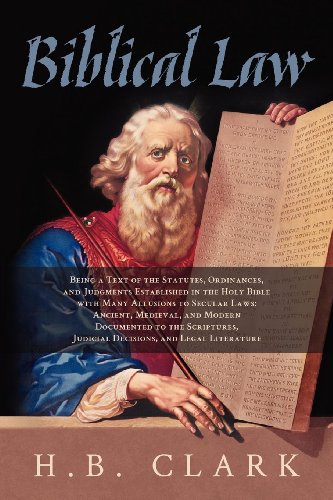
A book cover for Biblical Law; H.B. Clark; Religion & Spirituality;